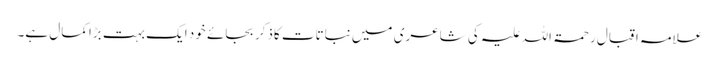
علامہ اقبال رحمۃ اللہ علیہ کی شاعری میں نباتات کاذکر بجائے خود ایک بہت بڑاکمال ہے۔